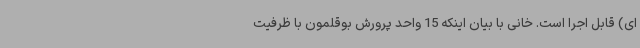
ای) قابل اجرا است. خانی با بیان اینکه 15 واحد پرورش بوقلمون با ظرفیت